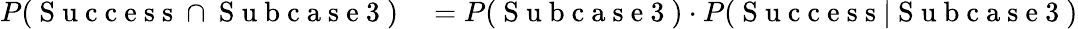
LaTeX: \begin{array}{rl}{P(\mathrm{~S~u~c~c~e~s~s~}\cap\mathrm{~S~u~b~c~a~s~e~3~})}&{{}=P(\mathrm{~S~u~b~c~a~s~e~3~})\cdot P(\mathrm{~S~u~c~c~e~s~s~}|\mathrm{~S~u~b~c~a~s~e~3~})}\end{array}